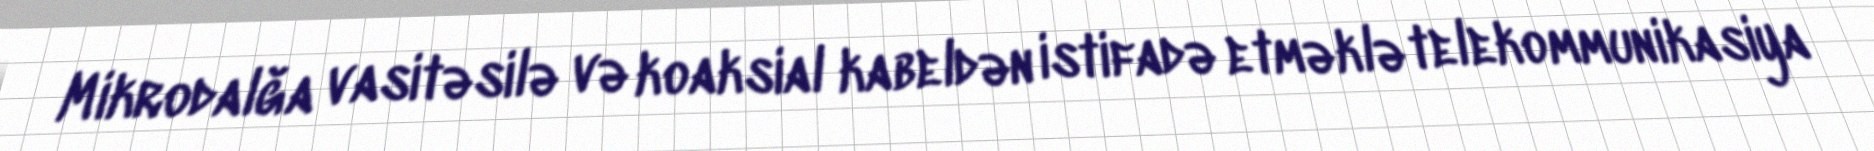
Mikrodalğa vasitəsilə və koaksial kabeldən istifadə etməklə telekommunikasiya